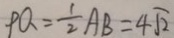
P Q = \frac { 1 } { 2 } A B = 4 \sqrt { 2 }